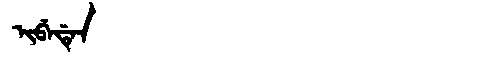
Manchu: ᡳᠪᡝᡩᡝᠨ
Romanization: IBEDEN